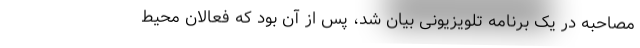
مصاحبه در یک برنامه تلویزیونی بیان شد، پس از آن بود که فعالان محیط